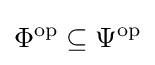
\Phi ^{\operatorname {op} }\subseteq \Psi ^{\operatorname {op} }